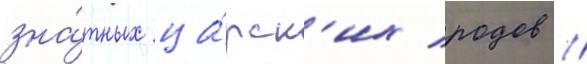
зна́тных ца́рск'их родов //